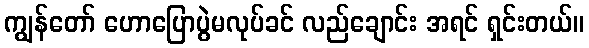
ကျွန်တော် ဟောပြောပွဲမလုပ်ခင် လည်ချောင်း အရင် ရှင်းတယ်။